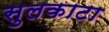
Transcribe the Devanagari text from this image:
सुलकाटा